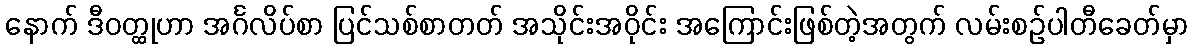
နောက် ဒီဝတ္ထုဟာ အင်္ဂလိပ်စာ ပြင်သစ်စာတတ် အသိုင်းအဝိုင်း အကြောင်းဖြစ်တဲ့အတွက် လမ်းစဉ်ပါတီခေတ်မှာ